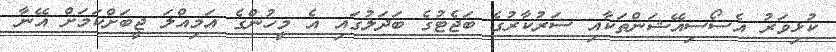
ކުޅިވަރު އެސޯސިއޭޝަންތަކާއި ސަރުކާރުގެ ބަޖެޓުގެ ބަދަލުގައި އެ މީހުންގެ އަމިއްލަ ޖީބަށްކަމަށް އޭނާ